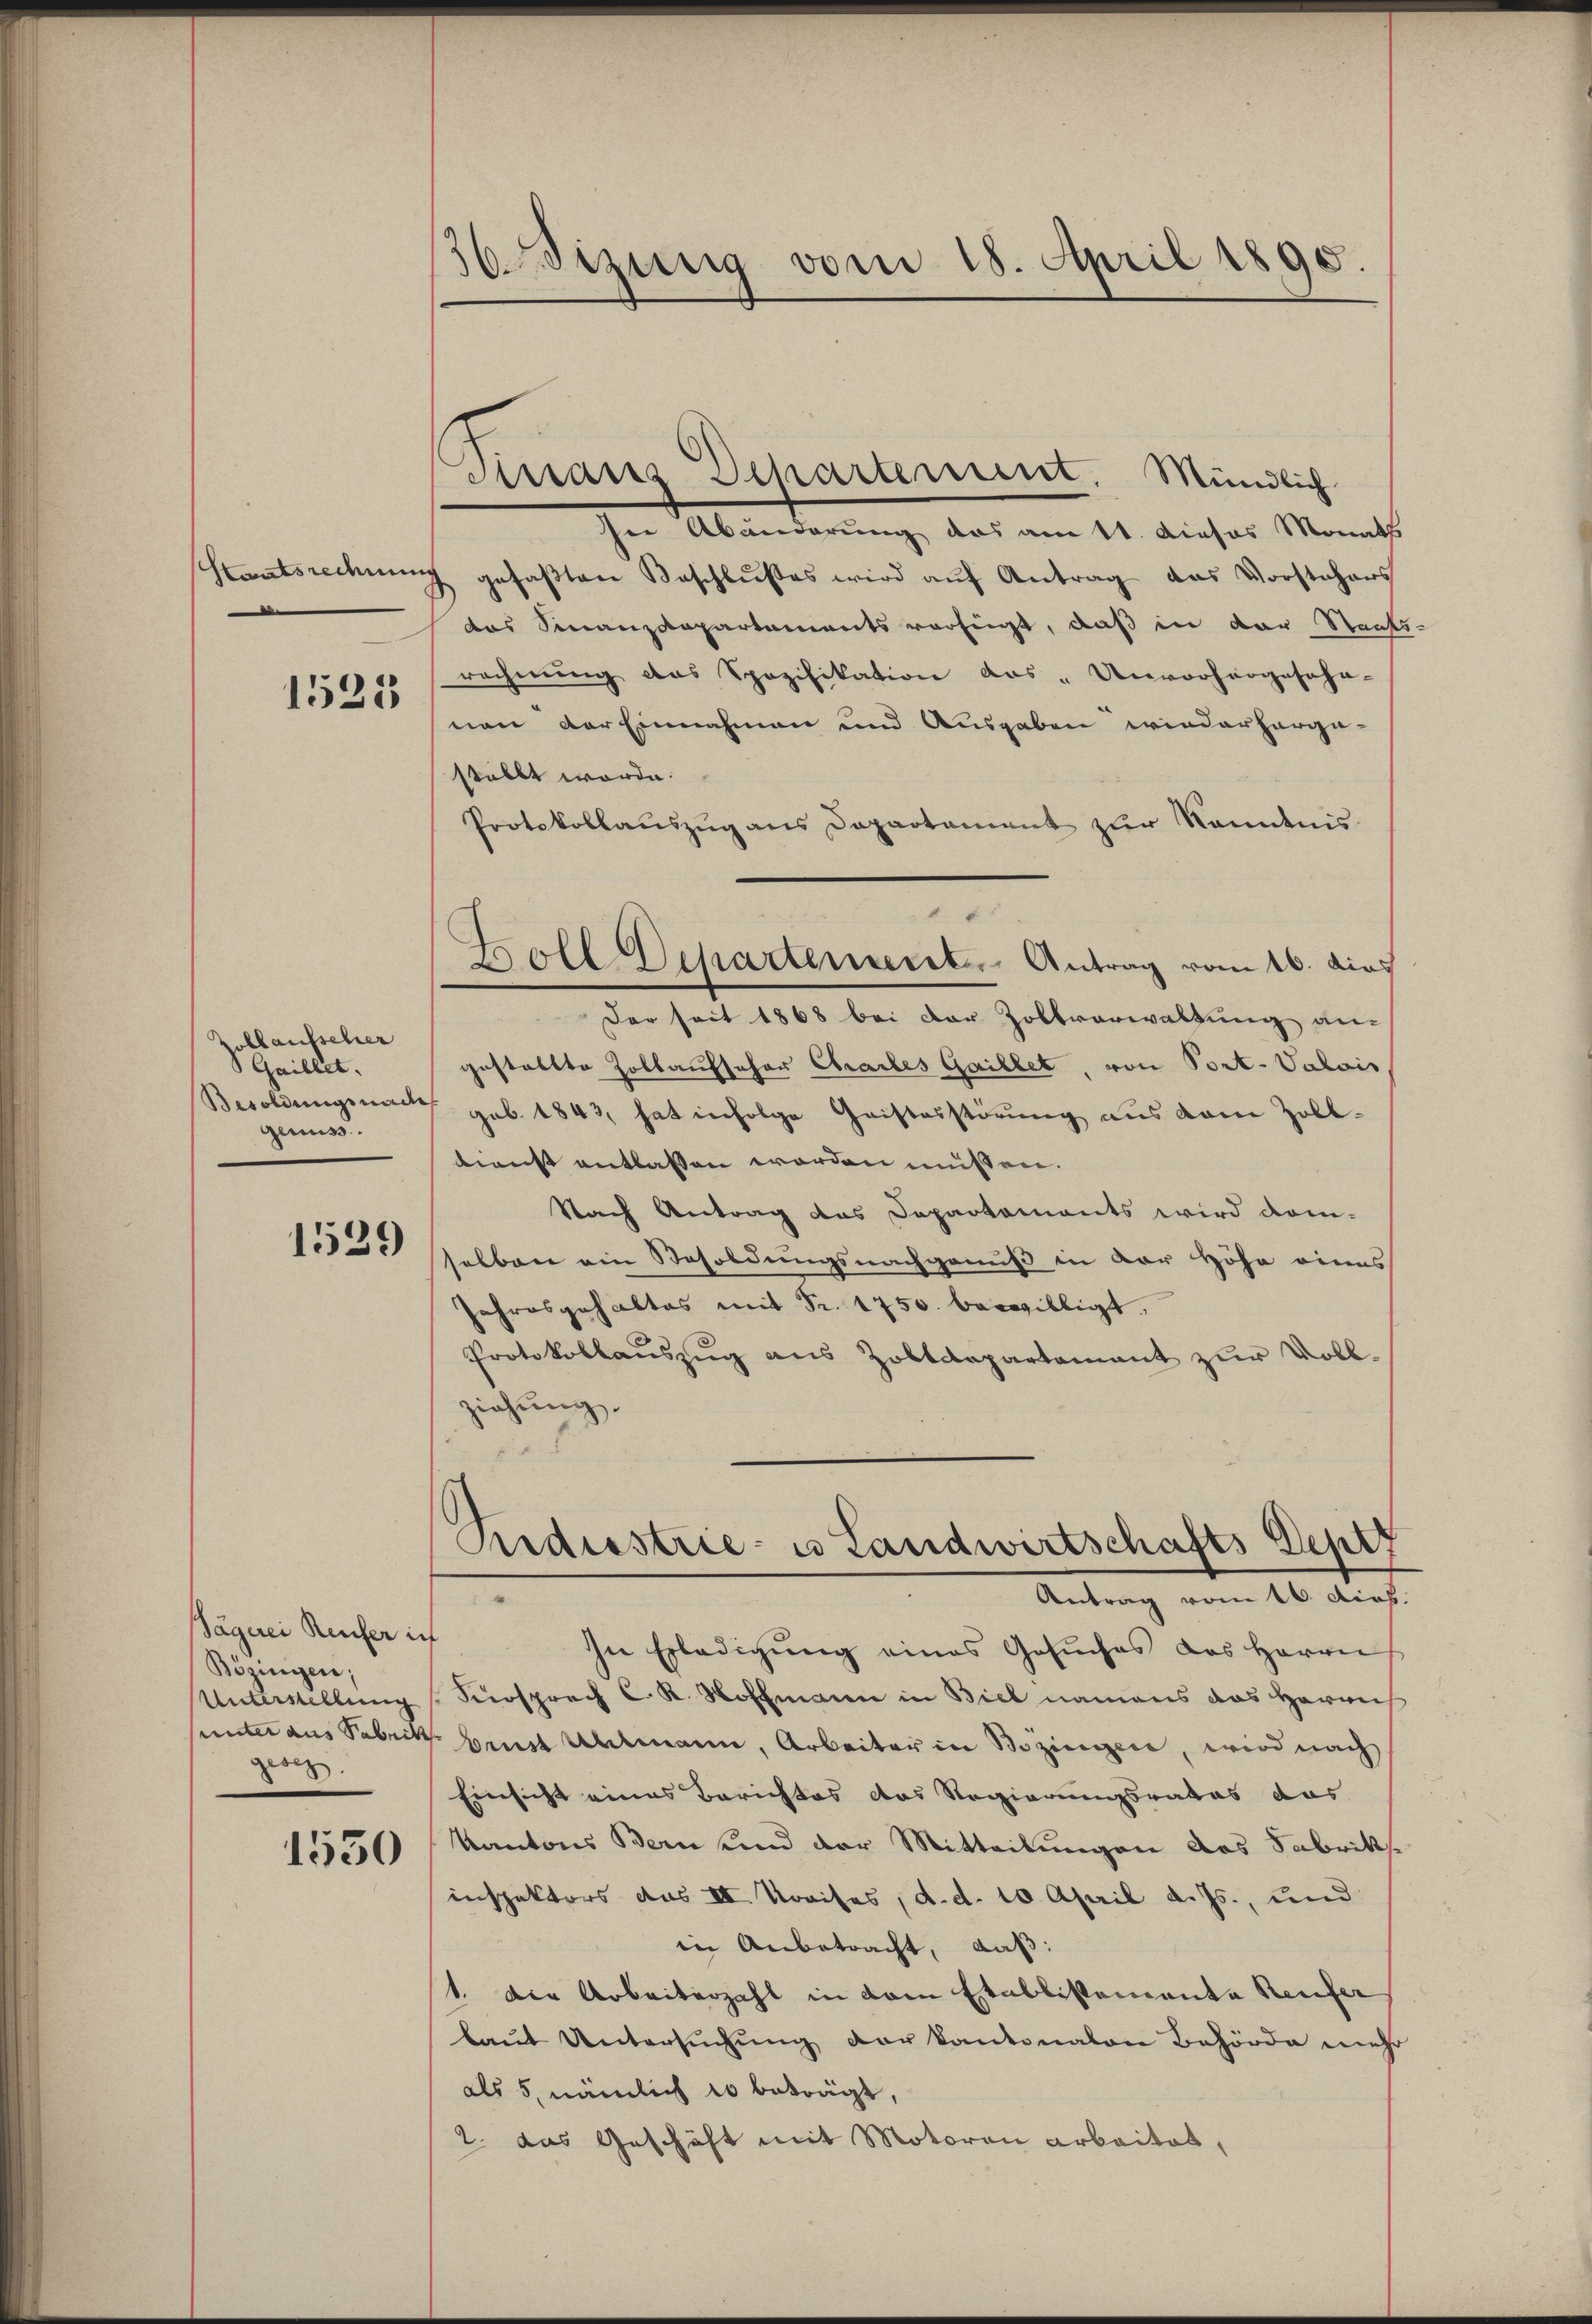
Hantsrechnun

1525

Zollaufscher
Gaillet.
Besoldungsnachs
genuss.

1529

Sägerei Reufer ich
Bözingen;
Unterstellung
gesez

1550

36 Mizung vom 18. April 1890.

Strans Departement, Mündlich

ser Abänderung das am 11. dieses Monats
J. gefaβten Beschlŭβes wird aŭf Antrag das Vorstehers
das Finanzdepartements verfügt, daß in der Staats-
rechnung das Spezifikation das „Unvorhergescha-
none der Einnahmen und Ausgaben wiederherge-
stellt werde.
Protokollaŭszŭg ans Departament zŭr Kenntnis
Der seit 1868 bei der Zollverwaltung an-
gestallte Zollaufscher Chartes Gaillet, von Port. Valois,
gob. 1843, hat infolge Geistesstörung aus dem Zolldienst entlassen worden müssen.
Nach Antrag das Departements wird dom-
selben ein Besoldungsnachgenuß in der Höhe eines
Jahresgehaltes mit Sr. 1750. bewilligt.
Protokollaŭszŭg aus Zoktarpartamant zur Voll-
ziehung.
Siederstrie es Landwirtschafts Deptz
Antrag vom 16. dich.
.
In Erledigŭng eines Gesŭches das Herrn
Fürsprach C. K. Hoffmann in Biel namens das Herrn
uinter aus Fabrik brust Altmann, Arbeiter in Bozingen, wird nach
Einsicht eines Berichtes das Regierungsrates das
Kantons Bern und der Mitteilungen das Fabriks
inspektors aus III. Kreises, d. d. 10. April d. Js., und
in Anbetracht, daß:
1. Der Arbeiterzahl in dem Etablissemente Reufer
laut Untersuchung der kantonalen Behörde mehr
als 5, nämlich 10 beträgt,
2. das Geschäft mit Motoran arbeitet,

Goll Departement Antrag vom 16. dies